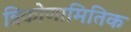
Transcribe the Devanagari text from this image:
त्रिकोणामितिक